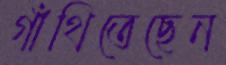
গাঁথিতেছেন